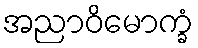
အညာဝိမောက္ခံ